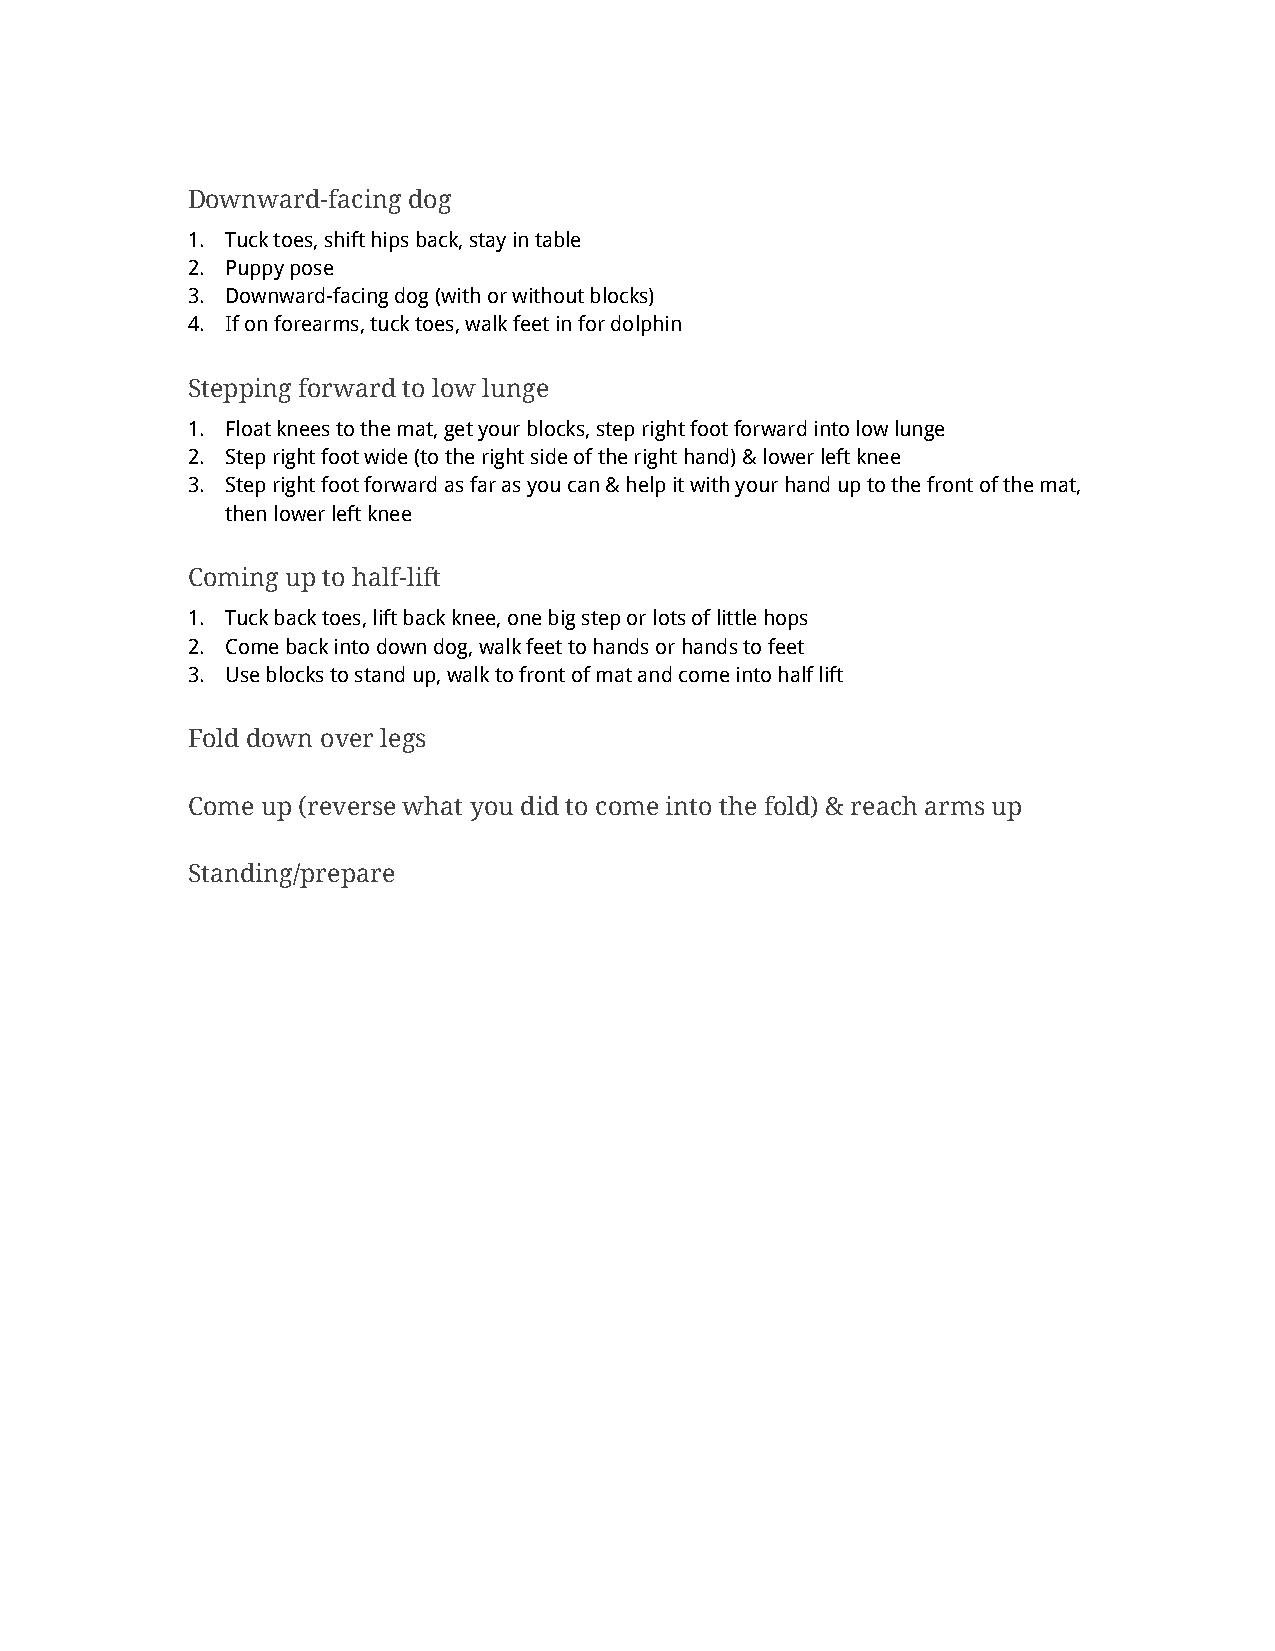
Downward-facing dog
 1. Tuck toes, shift hips back, stay in table
 2. Puppy pose
 3. Downward-facing dog (with or without blocks)
 4. If on forearms, tuck toes, walk feet in for dolphin
 Stepping forward to low lunge
 1. Float knees to the mat, get your blocks, step right foot forward into low lunge
 2. Step right foot wide (to the right side of the right hand) & lower left knee
 3. Step right foot forward as far as you can & help it with your hand up to the front of the mat,
 then lower left knee
 Coming up to half-lift
 1. Tuck back toes, lift back knee, one big step or lots of little hops
 2. Come back into down dog, walk feet to hands or hands to feet
 3. Use blocks to stand up, walk to front of mat and come into half lift
 Fold down over legs
 Come up (reverse what you did to come into the fold) & reach arms up
 Standing/prepare